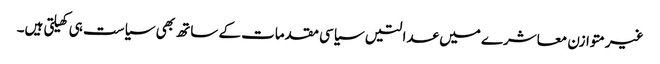
غیرمتوازن معاشرے میں عدالتیں سیاسی مقدمات کے ساتھ بھی سیاست ہی کھیلتی ہیں۔